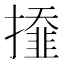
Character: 𢶍